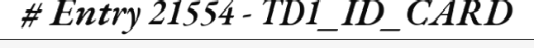
# Entry 21554 - TD1_ID_CARD